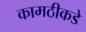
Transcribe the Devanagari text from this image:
कामठीकडे